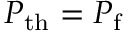
P _ { \mathrm { t h } } = P _ { \mathrm { f } }